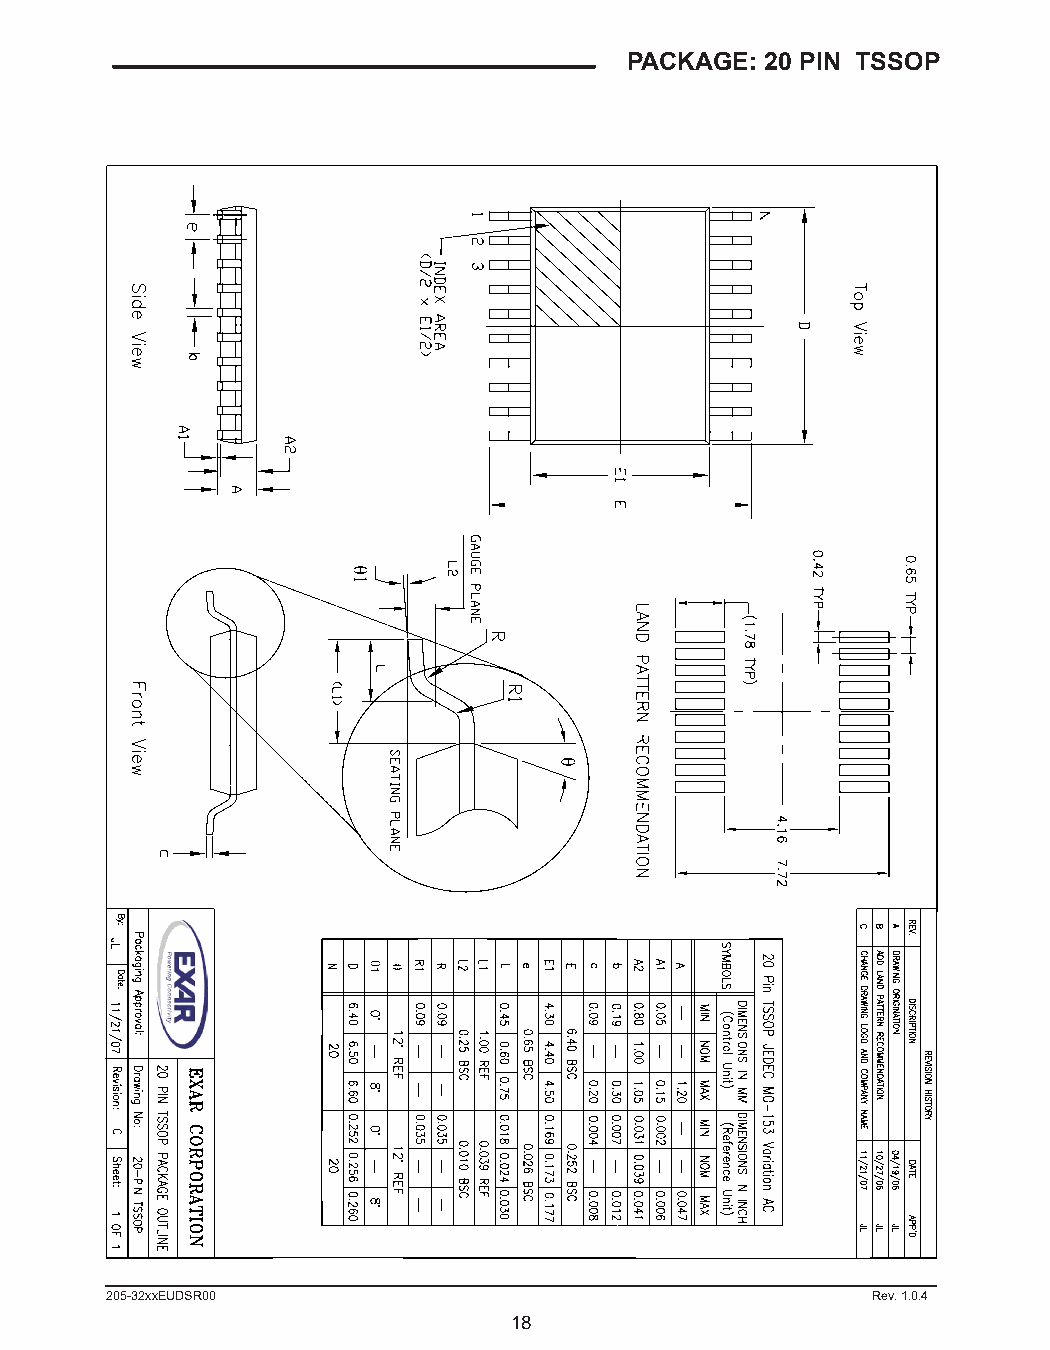
PACKAGE: 20 PIN TSSOP
 205-32xxEUDSR00                                    Rev. 1.0.4
 18